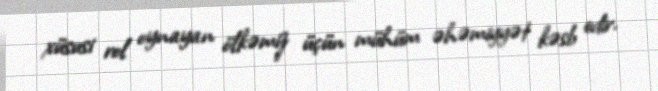
xüsusi rol oynayan ölkəmiz üçün mühüm əhəmiyyət kəsb edir.